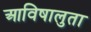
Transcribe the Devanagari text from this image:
आविषालुता